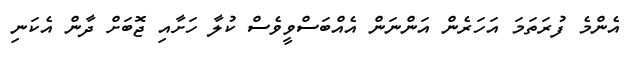
އެންމެ ފުރަތަމަ އަހަރެން އަންނަން އެއްބަސްވީވެސް ކުލާ ހަށާއި ޖޮބަށް ދާން އެކަނި